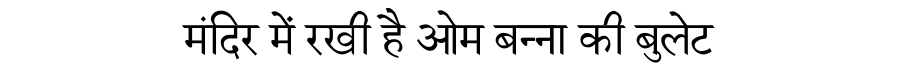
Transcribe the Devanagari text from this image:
मंदिर में रखी है ओम बन्ना की बुलेट